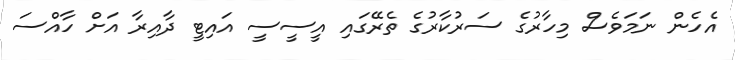
އެހެން ނަމަވެސް މިހާރުގެ ސަރުކާރުގެ ތެރޭގައި އީސީސީ އައިޓީ ދާއިރާ އަށް ހާއްސަ